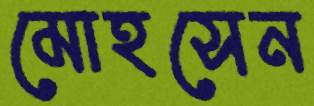
মোহসেন